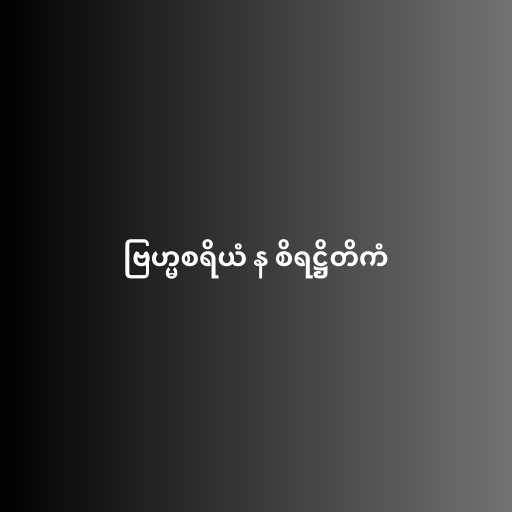
ဗြဟ္မစရိယံ န စိရဋ္ဌိတိကံ